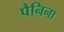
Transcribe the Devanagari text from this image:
पैनिना